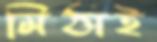
মিঠাই